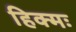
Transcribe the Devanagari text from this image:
हिक्मः